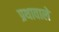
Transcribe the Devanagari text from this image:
प्रथावाले